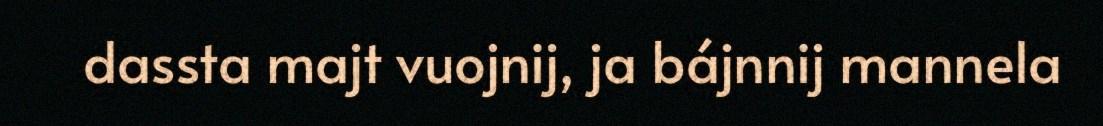
dassta majt vuojnij, ja bájnnij mannela